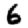
Digit: 6